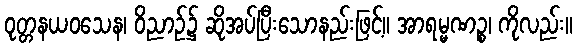
ဝုတ္တနယဝသေန၊ ဝိညာဉ်၌ ဆိုအပ်ပြီးသောနည်းဖြင့်။ အာရမ္မဏဉ္စ၊ ကိုလည်း။